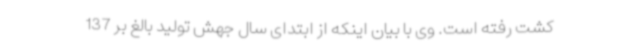
کشت رفته است. وی با بیان اینکه از ابتدای سال جهش تولید بالغ بر 137